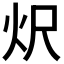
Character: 𭴐